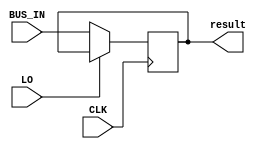
module output_register #(parameter WIDTH=8)(input CLK,
input LO,
input [WIDTH-1:0] BUS_IN,
output reg [WIDTH-1:0] result
);

always @(posedge CLK)
 begin
	if(!LO)
	 begin
		result<=BUS_IN;
	 end
	else
	 begin
		result<=result;
	 end
 end




endmodule